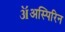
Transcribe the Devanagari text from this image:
ॲअस्पिरिन